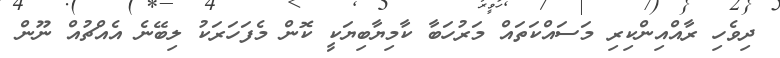
ދިވެހި ރާއްއިންކިރި މަސައްކަތައް މަރުހަބާ ކާމިޔާބިޔަކީ ކޮން މެފަހަރަކު ލިބޭނެ އެއްޗުއް ނޫން